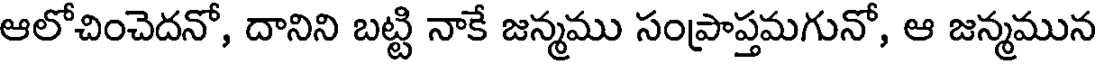
ఆలోచించెదనో, దానిని బట్టి నాకే జన్మము సంప్రాప్తమగునో, ఆ జన్మమున